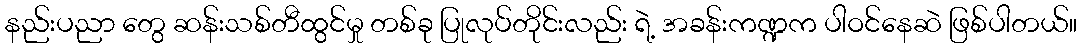
နည်းပညာ တွေ ဆန်းသစ်တီထွင်မှု တစ်ခု ပြုလုပ်တိုင်းလည်း ရဲ့ အခန်းကဏ္ဍက ပါဝင်နေဆဲ ဖြစ်ပါတယ်။